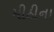
મીઠીના